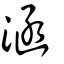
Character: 涵